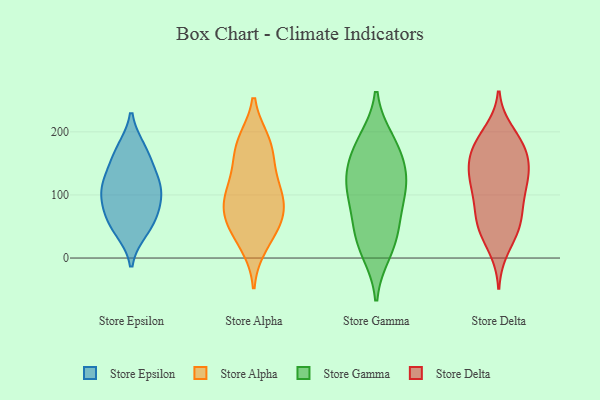
{"axis": {"x": "Net Income (USD K)", "y": "Value"}, "legend": ["Store Alpha", "Store Delta", "Store Epsilon", "Store Gamma"], "data": [{"x": "", "y": 111, "type": "Store Epsilon"}, {"x": "", "y": 171, "type": "Store Epsilon"}, {"x": "", "y": 135, "type": "Store Epsilon"}, {"x": "", "y": 108, "type": "Store Epsilon"}, {"x": "", "y": 67, "type": "Store Epsilon"}, {"x": "", "y": 166, "type": "Store Epsilon"}, {"x": "", "y": 54, "type": "Store Epsilon"}, {"x": "", "y": 112, "type": "Store Epsilon"}, {"x": "", "y": 85, "type": "Store Epsilon"}, {"x": "", "y": 45, "type": "Store Epsilon"}, {"x": "", "y": 79, "type": "Store Alpha"}, {"x": "", "y": 42, "type": "Store Alpha"}, {"x": "", "y": 92, "type": "Store Alpha"}, {"x": "", "y": 117, "type": "Store Alpha"}, {"x": "", "y": 181, "type": "Store Alpha"}, {"x": "", "y": 48, "type": "Store Alpha"}, {"x": "", "y": 143, "type": "Store Alpha"}, {"x": "", "y": 176, "type": "Store Alpha"}, {"x": "", "y": 76, "type": "Store Alpha"}, {"x": "", "y": 74, "type": "Store Alpha"}, {"x": "", "y": 111, "type": "Store Alpha"}, {"x": "", "y": 184, "type": "Store Alpha"}, {"x": "", "y": 21, "type": "Store Alpha"}, {"x": "", "y": 185, "type": "Store Gamma"}, {"x": "", "y": 68, "type": "Store Gamma"}, {"x": "", "y": 44, "type": "Store Gamma"}, {"x": "", "y": 121, "type": "Store Gamma"}, {"x": "", "y": 27, "type": "Store Gamma"}, {"x": "", "y": 175, "type": "Store Gamma"}, {"x": "", "y": 164, "type": "Store Gamma"}, {"x": "", "y": 102, "type": "Store Gamma"}, {"x": "", "y": 11, "type": "Store Gamma"}, {"x": "", "y": 121, "type": "Store Gamma"}, {"x": "", "y": 120, "type": "Store Gamma"}, {"x": "", "y": 79, "type": "Store Delta"}, {"x": "", "y": 52, "type": "Store Delta"}, {"x": "", "y": 172, "type": "Store Delta"}, {"x": "", "y": 125, "type": "Store Delta"}, {"x": "", "y": 185, "type": "Store Delta"}, {"x": "", "y": 125, "type": "Store Delta"}, {"x": "", "y": 109, "type": "Store Delta"}, {"x": "", "y": 157, "type": "Store Delta"}, {"x": "", "y": 60, "type": "Store Delta"}, {"x": "", "y": 184, "type": "Store Delta"}, {"x": "", "y": 47, "type": "Store Delta"}, {"x": "", "y": 44, "type": "Store Delta"}, {"x": "", "y": 117, "type": "Store Delta"}, {"x": "", "y": 146, "type": "Store Delta"}, {"x": "", "y": 137, "type": "Store Delta"}, {"x": "", "y": 199, "type": "Store Delta"}, {"x": "", "y": 87, "type": "Store Delta"}, {"x": "", "y": 16, "type": "Store Delta"}, {"x": "", "y": 167, "type": "Store Delta"}]}